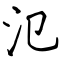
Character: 氾